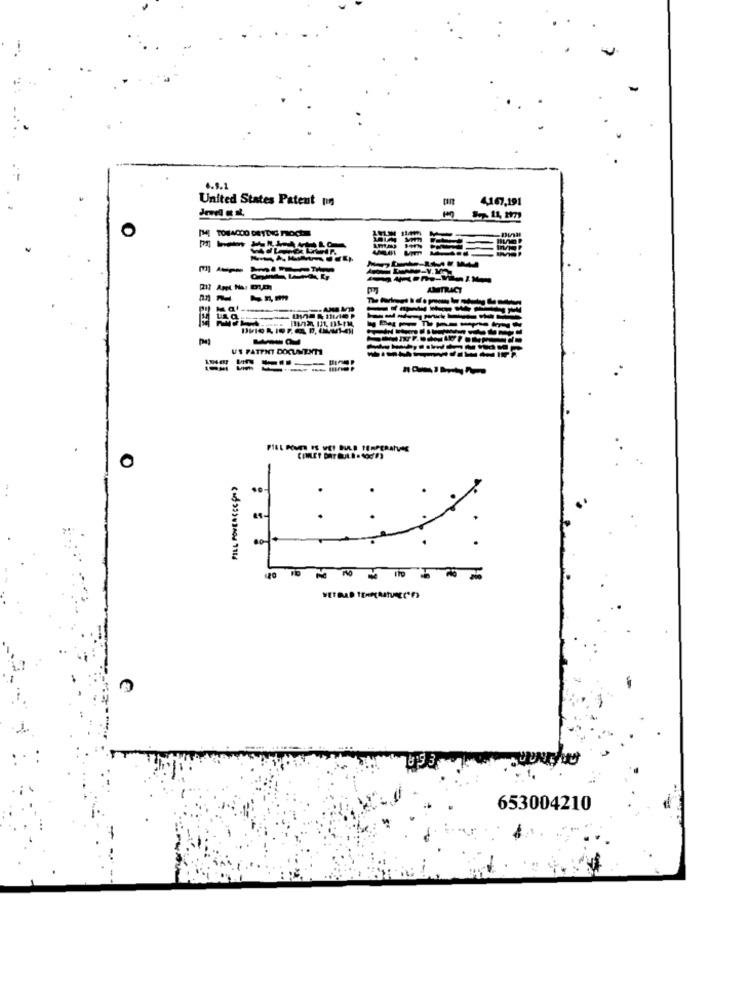
6.9.1
United States Patent min
4107,191
IMI TOVACOO DRYDIG PROCES
AMTRACT
--------
US PATENT DOCUMENTI
0
FILL POWEACCEPT)
..
-
653004210